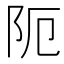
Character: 阨